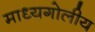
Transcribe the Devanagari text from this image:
माध्यगोलीय